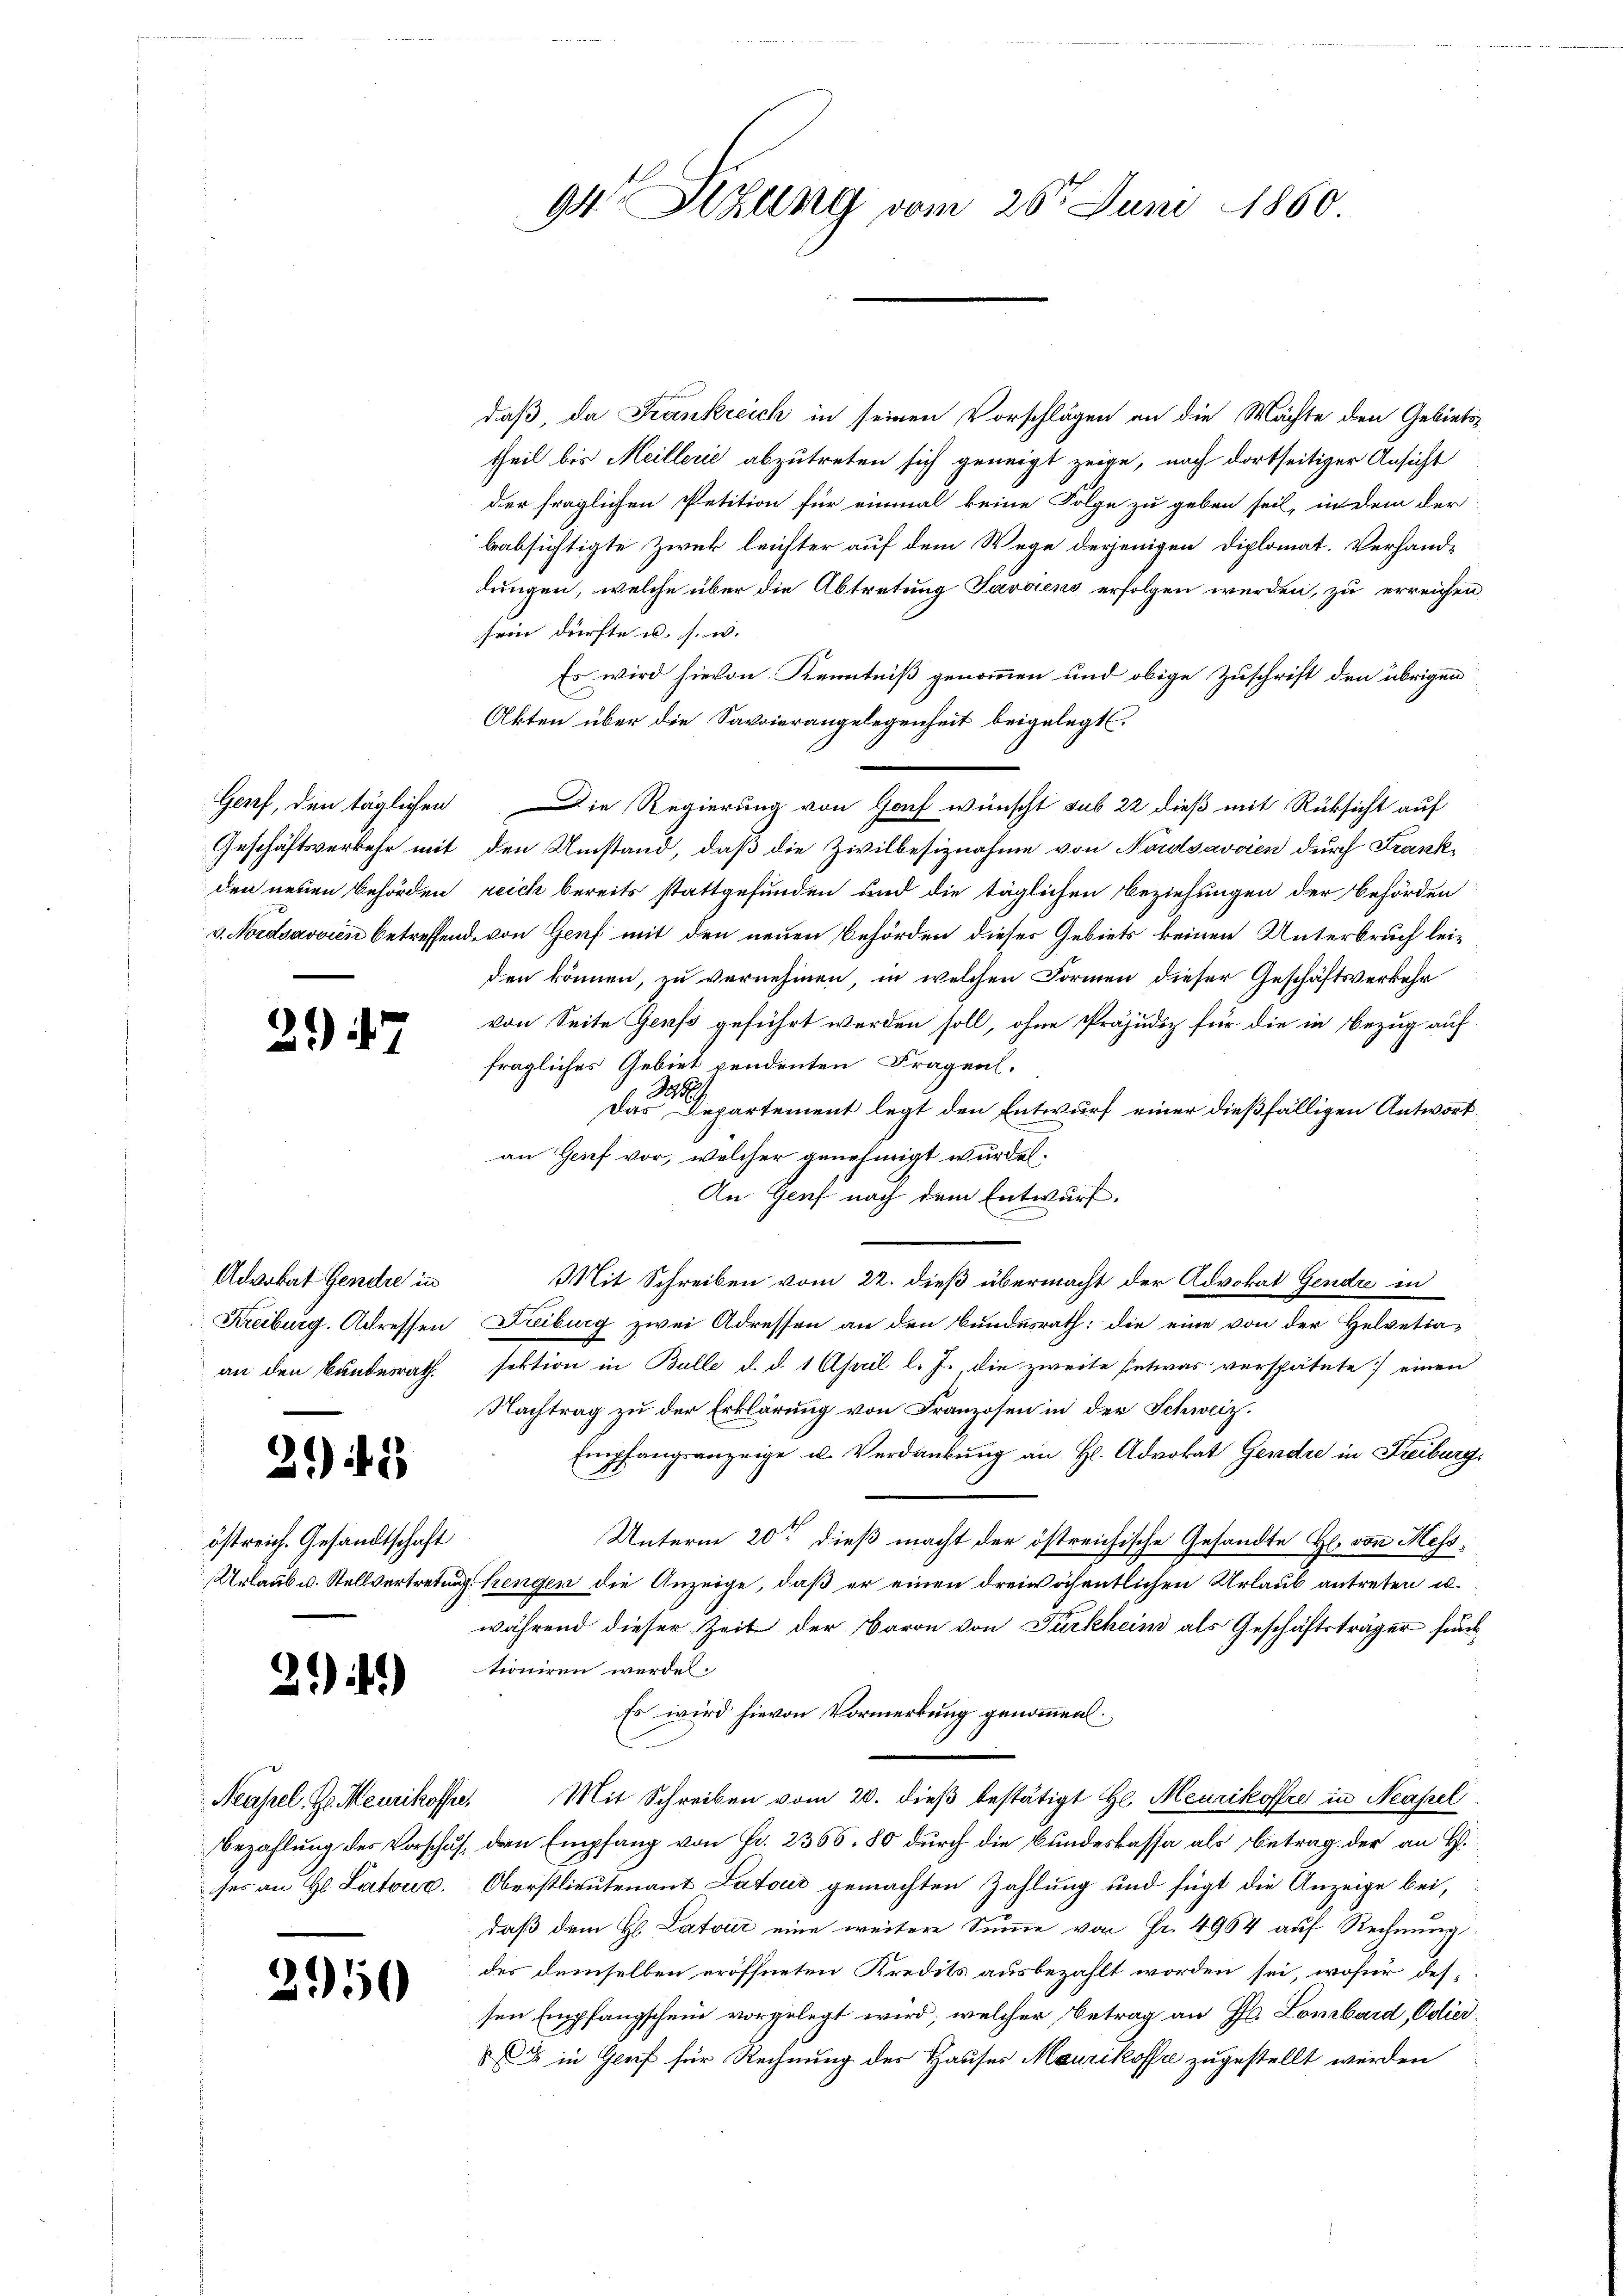
Geschäftsverkehr mit
v. Nordsavvien betreffen

247

Advokat Gendre in
Kreiburg, Adressen
an den Bundesrath.

21) 18

östreich. Gesandtschaft

21.)

ses an H. Latoug.

2950

94 Sitzung vom 26t Juni 1860

daß, da Krankreich in seinen Vorschlägen an die Mächte den Gebiets-
theil bis Meillerie abzutreten sich geneigt zeige, nach dortseitiger Ansicht
der fraglichen Petition für einmal keine Folge zu geben seil, in dem der
beabsichtigte Zweck leichter auf dem Wege derjenigen Diplomat. Verhand-
dungen, welche über die Abtretung Javaiens erfolgen werden, zu erreichen
sein dürfte u. s. w.
Es wird hievon Kenntniß genommen und obige Zuschrift den übrigen
Akten über die Savoierangelegenheit beigelegt.
Genf, den täglichen Die Regierung von Gof wünscht sub 22 dieß mit Rüksicht auf
den Umstand, daß die Zivilbesiznahme von Nordsavvien durch Frankden neuen Behörden reich bereits stattgefunden und die täglichen Beziehungen der Behörden
u. von Genf mit den neuen Behörden dieses Gebiets keinen Unterbruch leiden können, zu vernehmen, in welchen Formen dieser Geschäftsverkehr
von Seite Genf geführt werden soll, ohne Präjudiz für die in Bezug auf
fragliches Gebiet pendenten Fragen.
S
Das Departement legt den Entwurf einer dießfälligen Antwortan Genf vor, welcher genehmigt wurden.
An Genf nach dem Entwurf.
Mit Schreiben vom 22. dieß übermacht der Advokat Gendre in
Treiburg zwei Adressen an den Bundesrath: die eine von der Helvetia-
sektion in Bulle d. d. 1 April l. J., die zweite Entwas verspätete einen
Nachtrag zu der Erklärung von Franzosen in der Schweiz.
Empfangsanzeige u. Verdankŭng an H. Advokat Gendre in Freiburg,
Unterm 20ten dieß macht der östreichische Gesandte H. von Mess¬
Urlaub u. Stellvertretung hingen die Anzeige, daß er einen dreiwöchentlichen Urlaub antreten u.
während dieser Zeit der Baron von Türkheim als Geschäftsträger funktioniren werden.
Es wird hievon Vormerkung genommen:
Neapel, Zo. Meurikoffe. Mit Schreiben vom 20. dieβ bestätigt H. Meurikoffre in Neapel
Bezahlung des Vorschus, den Empfang von Fr. 2366. 80 durch die Bundeskassa als Betrag der an H.
Oberstlieutenant Latoić gemachten Zahlung und fügt die Anzeige bei,
daß dem H. Latoir eine weitere Summe von Fr. 4964 auf Rechnung
des demselben eröffneten Kredits ausbezahlt worden sei, wofür dessen Empfangschein vorgelegt wird, welcher Betrag an H. Lombard, Odied¬
u in Genf für Rechnung des Hauses Maurikoffre zugestellt werden